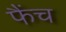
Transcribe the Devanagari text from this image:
फैंच